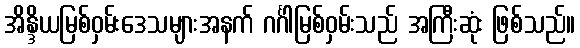
အိန္ဒိယမြစ်ဝှမ်းဒေသများအနက် ဂင်္ဂါမြစ်ဝှမ်းသည် အကြီးဆုံး ဖြစ်သည်။